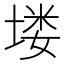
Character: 𪣻